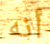
أنه